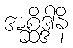
အစ္ဆိဒ္ဒါနိ